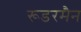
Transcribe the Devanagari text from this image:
रूडरमैन